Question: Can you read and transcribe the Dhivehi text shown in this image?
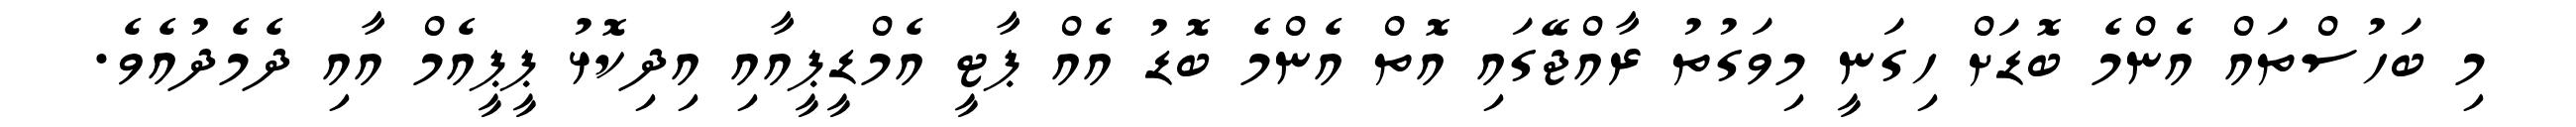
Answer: މި ބަހުސްތައް އެންމެ ބޮޑަށް ހިގަނީ މިވަގުތު ރާއްޖޭގައި އޮތް އެންމެ ބޮޑު އެއް ޕާޓީ އެމްޑީޕީއާއި އިދިކޮޅު ޕީޕީއެމް އާއި ދެމެދުއެވެ.